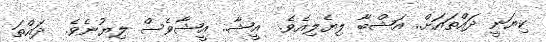
ކިޔަނީ ދައްތައަށް.. އަޝްބާ ލިޔެލިއެވެ.  އީޝާ.. އީޝާވެސް ލިޔުނެވެ.  ދައްތަ